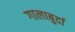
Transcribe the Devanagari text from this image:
गालाबुर्दा